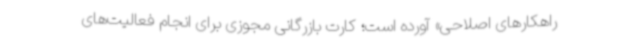
راهکارهای اصلاحی» آورده است؛ کارت بازرگانی مجوزی برای انجام فعالیت‌های